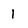
Character: 1